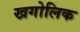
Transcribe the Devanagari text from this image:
खगोलिक